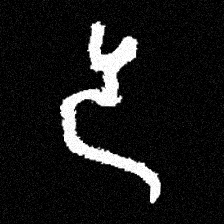
Pyu character \u2014 Myanmar letter: ဒ (romanized: da)